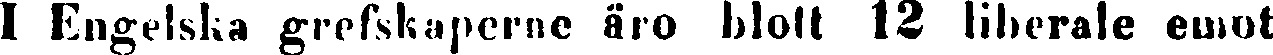
I Engelska grefskaperne äro blott 12 liberale emot